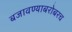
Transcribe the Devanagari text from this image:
बजावण्याबरोबरच